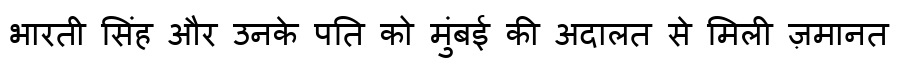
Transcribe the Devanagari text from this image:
भारती सिंह और उनके पति को मुंबई की अदालत से मिली ज़मानत